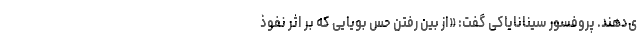
ی‌دهند. پروفسور سینانایاکی گفت: «از بین رفتن حس بویایی که بر اثر نفوذ